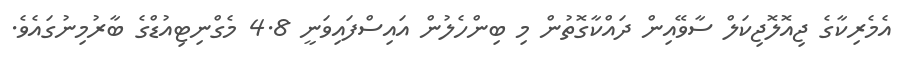
އެމެރިކާގެ ޖިއޮލޮޖިކަލް ސާވޭއިން ދައްކާގޮތުން މި ބިންހެލުން އައިސްފައިވަނީ 4.8 މެގްނިޓިއުޑްގެ ބާރުމިނުގައެވެ.